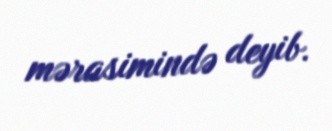
mərasimində deyib.